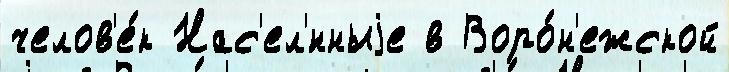
челов'е́к Нас'ел'́нныjе в Воро́н'ежской